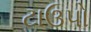
ટાઉપો